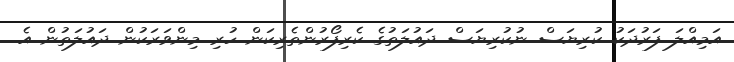
އަމިއްލަ ފަރުދަކު ކުރިޔަސް ނުކުރިޔަސް ދައުލަތުގެ ކެރިފޯރުންތެރިކަން ހުރި މިންވަރަކުން ދައުލަތުން އެ